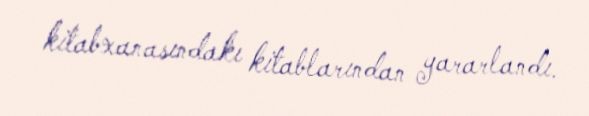
kitabxanasındakı kitablarından yararlandı.